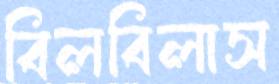
বিলবিলাস